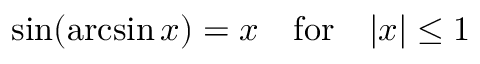
\sin ( \arcsin x ) = x \quad { \mathrm { f o r } } \quad | x | \leq 1